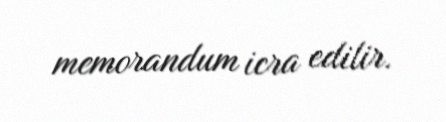
memorandum icra edilir.